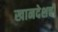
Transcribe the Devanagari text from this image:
खानदेशची